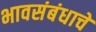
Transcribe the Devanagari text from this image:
भावसंबंधाचे